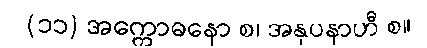
(၁၁) အက္ကောဓနော စ၊ အနုပနာဟီ စ။